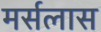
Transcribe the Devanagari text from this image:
मर्सलास